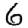
Digit: 6